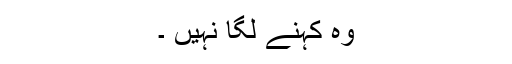
وہ کہنے لگا نہيں ۔